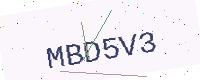
Text: MBD5V3